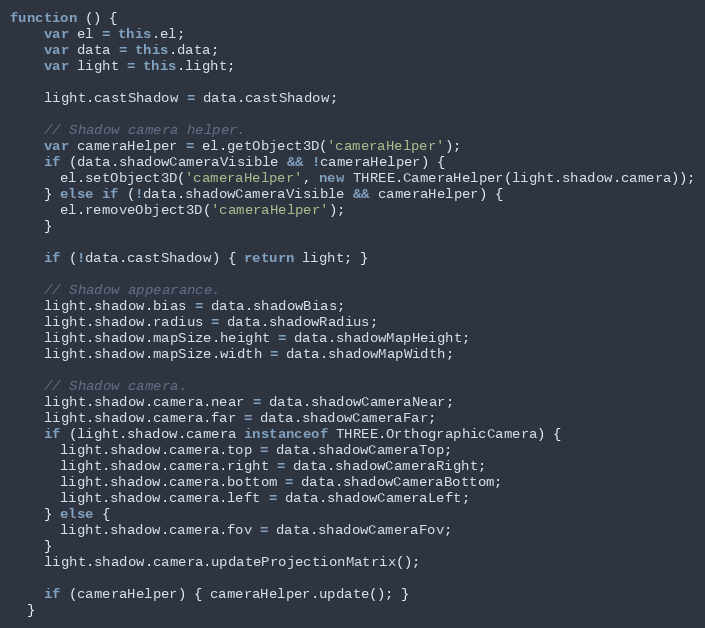
Language: JavaScript
function () {
    var el = this.el;
    var data = this.data;
    var light = this.light;

    light.castShadow = data.castShadow;

    // Shadow camera helper.
    var cameraHelper = el.getObject3D('cameraHelper');
    if (data.shadowCameraVisible && !cameraHelper) {
      el.setObject3D('cameraHelper', new THREE.CameraHelper(light.shadow.camera));
    } else if (!data.shadowCameraVisible && cameraHelper) {
      el.removeObject3D('cameraHelper');
    }

    if (!data.castShadow) { return light; }

    // Shadow appearance.
    light.shadow.bias = data.shadowBias;
    light.shadow.radius = data.shadowRadius;
    light.shadow.mapSize.height = data.shadowMapHeight;
    light.shadow.mapSize.width = data.shadowMapWidth;

    // Shadow camera.
    light.shadow.camera.near = data.shadowCameraNear;
    light.shadow.camera.far = data.shadowCameraFar;
    if (light.shadow.camera instanceof THREE.OrthographicCamera) {
      light.shadow.camera.top = data.shadowCameraTop;
      light.shadow.camera.right = data.shadowCameraRight;
      light.shadow.camera.bottom = data.shadowCameraBottom;
      light.shadow.camera.left = data.shadowCameraLeft;
    } else {
      light.shadow.camera.fov = data.shadowCameraFov;
    }
    light.shadow.camera.updateProjectionMatrix();

    if (cameraHelper) { cameraHelper.update(); }
  }